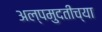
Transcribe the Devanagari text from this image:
अल्पमुदतीच्या